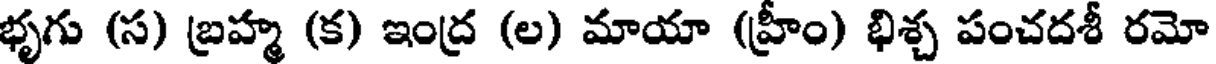
భృగు (స) బ్రహ్మ (క) ఇంద్ర (ల) మాయా (హ్రీం) భిశ్చ పంచదశీ రమో